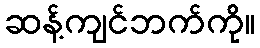
ဆန့်ကျင်ဘက်ကို။